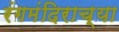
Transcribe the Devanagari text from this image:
रंगमंदिराच्या